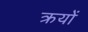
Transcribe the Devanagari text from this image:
क्रयों